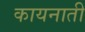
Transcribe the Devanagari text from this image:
कायनाती